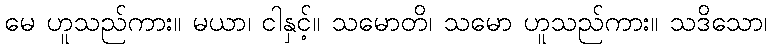
မေ ဟူသည်ကား။ မယာ၊ ငါနှင့်။ သမောတိ၊ သမော ဟူသည်ကား။ သဒိသော၊